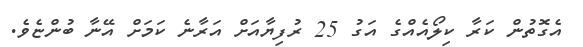
އެގޮތުން ކަރާ ކިލޯއެއްގެ އަގު 25 ރުފިޔާއަށް އަރާނެ ކަމަށް އޭނާ ބުންޏެވެ.